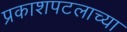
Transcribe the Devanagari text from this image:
प्रकाशपटलाच्या